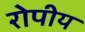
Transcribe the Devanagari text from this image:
रोपीय